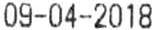
09-04-2018